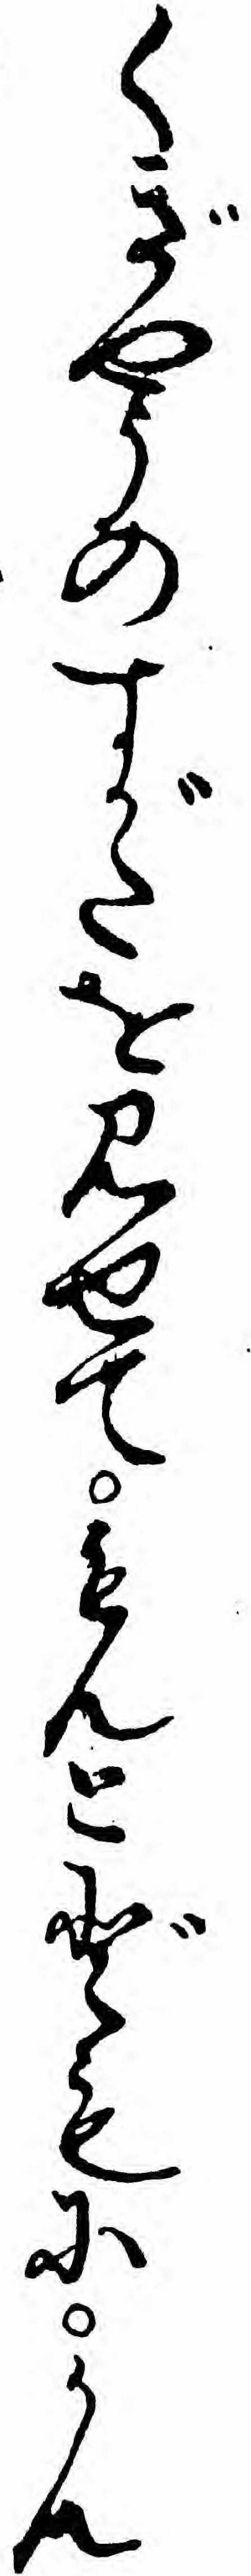
くぎやうのすがたを見せてもんとどもにかん